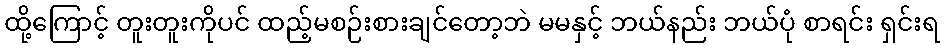
ထို့ကြောင့် တူးတူးကိုပင် ထည့်မစဉ်းစားချင်တော့ဘဲ မမနှင့် ဘယ်နည်း ဘယ်ပုံ စာရင်း ရှင်းရ